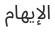
الإيھام